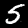
Digit: 5